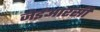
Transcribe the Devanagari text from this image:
जेईआरसी